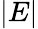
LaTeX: \displaystyle|E|